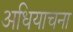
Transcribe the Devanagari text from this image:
अधियाचना